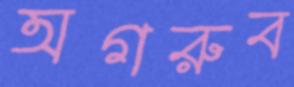
অগরুব